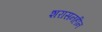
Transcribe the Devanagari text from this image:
शरासनहीन